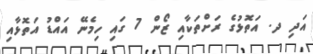
އަދި ދ. އަތޮޅުގެ ރަށްތަކާއި ޒޯން 7 ގައި ހިމެނޭ އައްޑު އަތޮޅާއި